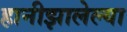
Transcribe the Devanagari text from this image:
हानीझालेल्या